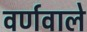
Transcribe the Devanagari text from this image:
वर्णवाले